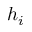
h _ { i }